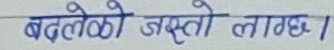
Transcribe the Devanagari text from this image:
बदलेको जस्तो लाग्छ।